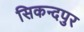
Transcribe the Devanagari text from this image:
सिकन्दपुर